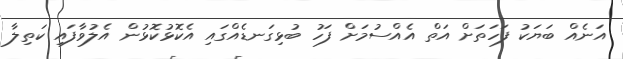
އަނެއް ބަޔަކު ފަހަތަށް އަތް އެއްސުމަށް ފަހު ބުޅިގަނޑެއްގައި އެކޮޅުކޮޅުން އެލުވާފައި ކަތިލާ